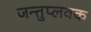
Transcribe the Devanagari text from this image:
जन्तुप्लवक